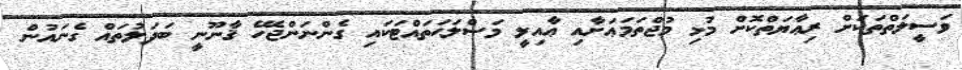
ވަސީލަތްތަކަށް ރިޢާޔަތްކޮށް މުޅި މުޖްތަމަޢަށާއި ޢާއިލީ މަޞްލަޙަތައްޓަކައި ގެންނަންޖެހޭ ޤާނޫނީ ބަދަލުތައް ގެނައުން